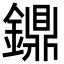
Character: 鐤